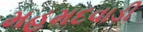
મહમદવાડી